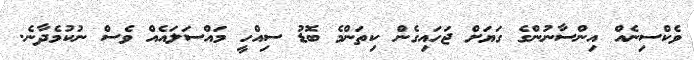
ވެކްސިނެއް އިންސާނުންގެ ގަޔަށް ޖަހައިގެން ކިތަންމެ ބޮޑު ސިއްހީ މައްސަލައެއް ވެސް ނުކުމެދާނެ.